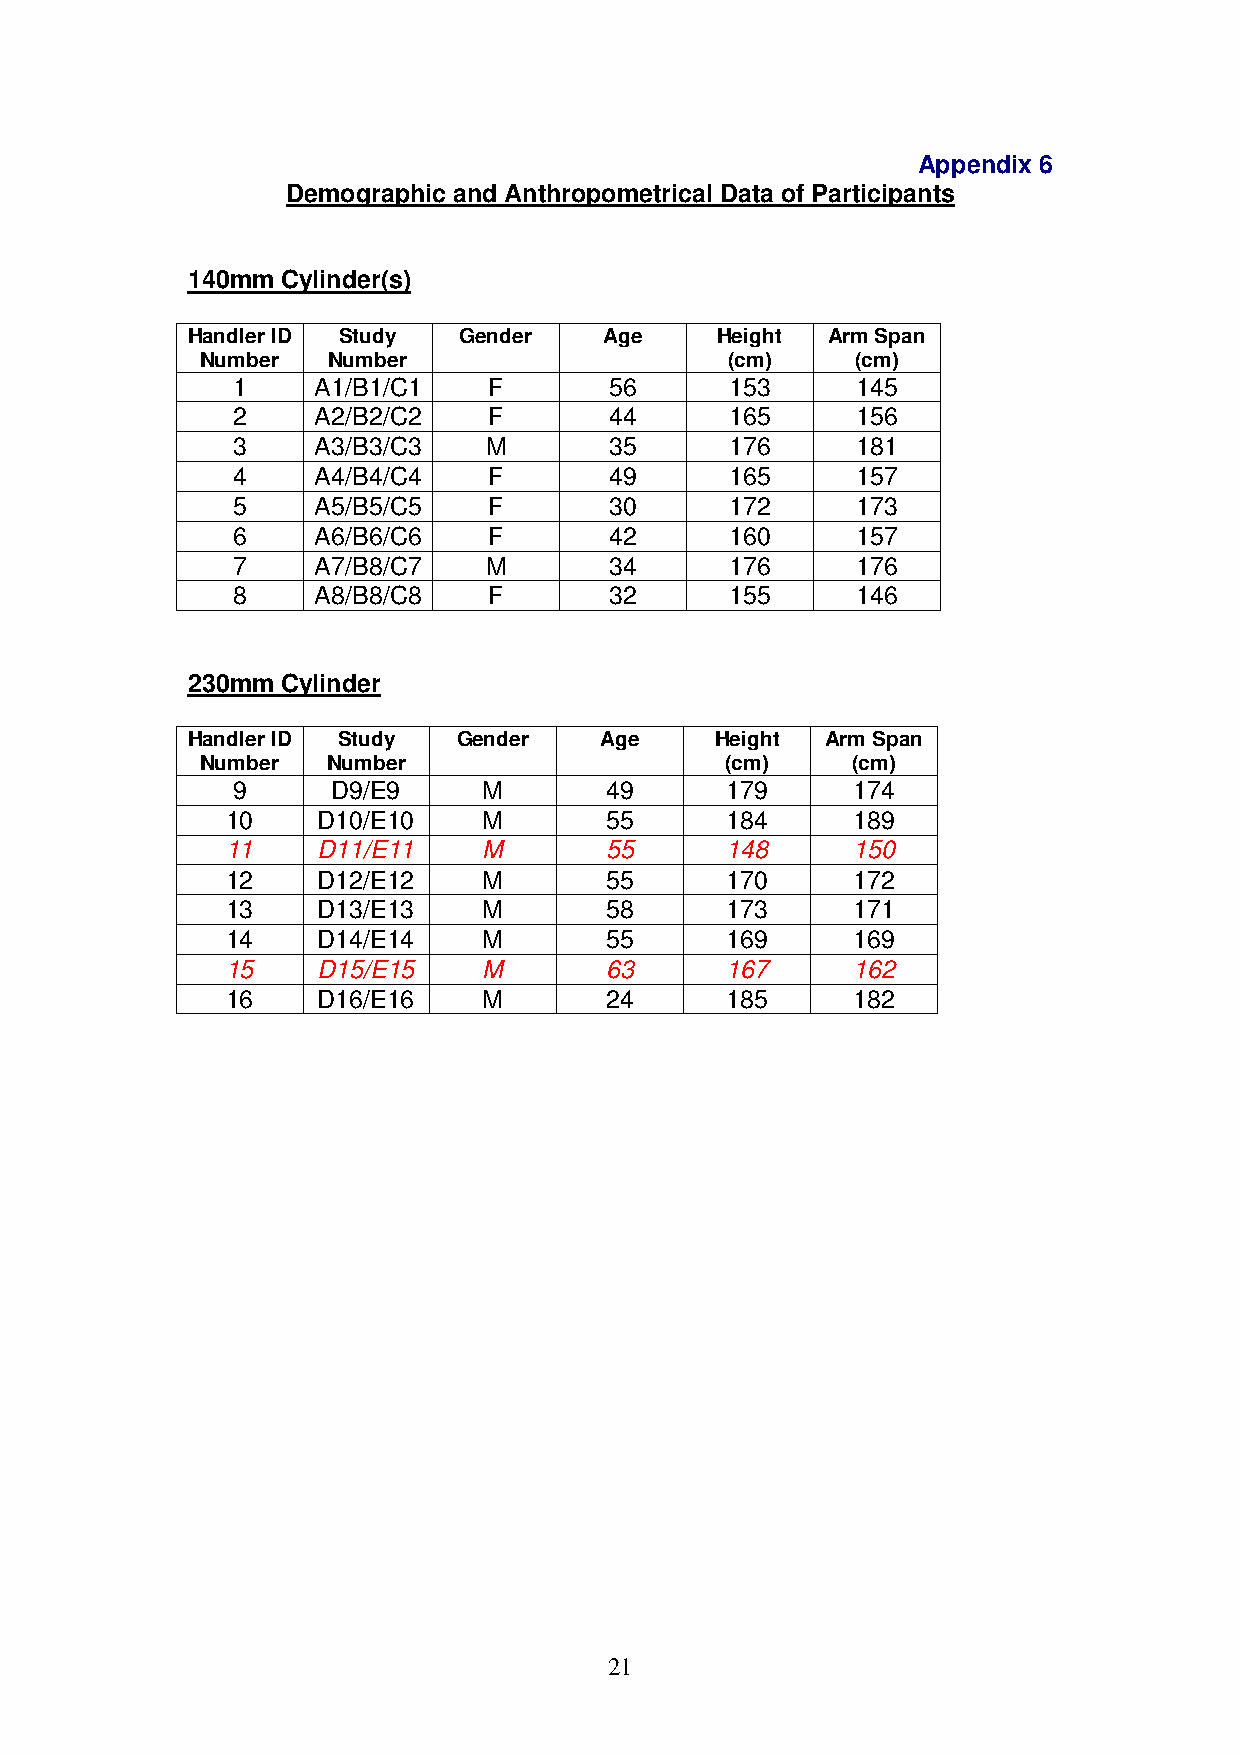
Appendix 6
 Demographic and Anthropometrical Data of Participants
 140mm  Cylinder(s)
 Handler ID Study  Gender    Age    Height  Arm Span
 Number   Number                    (cm)     (cm)
 1     A1/B1/C1   F       56      153      145
 2     A2/B2/C2   F       44      165      156
 3     A3/B3/C3   M       35      176      181
 4     A4/B4/C4   F       49      165      157
 5     A5/B5/C5   F       30      172      173
 6     A6/B6/C6   F       42      160      157
 7     A7/B8/C7   M       34      176      176
 8     A8/B8/C8   F       32      155      146
 230mm  Cylinder
 Handler ID Study  Gender    Age    Height  Arm Span
 Number   Number                    (cm)    (cm)
 9      D9/E9     M       49      179     174
 10    D10/E10    M       55      184     189
 11    D11/E11    M       55      148     150
 12    D12/E12    M       55      170     172
 13    D13/E13    M       58      173     171
 14    D14/E14    M       55      169     169
 15    D15/E15    M       63      167     162
 16    D16/E16    M       24      185     182
 21